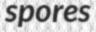
spores